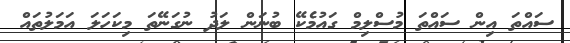
ސައްތަ އިން ސައްތަ މުސްލިމް ގައުމެކޭ ބުނަން ލަދު ނުގަނޭތަ މިކަހަލަ އަމަލުތައް